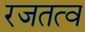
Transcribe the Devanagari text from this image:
रजतत्व